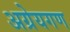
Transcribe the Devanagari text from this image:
अग्रेयगण